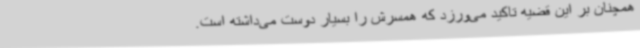
همچنان بر این قضیه تاکید می‌ورزد که همسرش را بسیار دوست می‌داشته است.